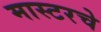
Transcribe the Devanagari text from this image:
मास्टरचे